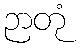
ဉာတုံ